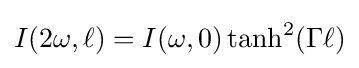
I(2\omega ,\ell )=I(\omega ,0)\tanh ^{2}(\Gamma \ell )